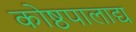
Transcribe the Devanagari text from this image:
कोष्ठपालाद्य